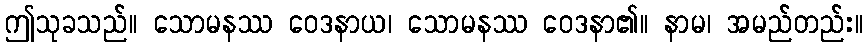
ဤသုခသည်။ သောမနဿ ဝေဒနာယ၊ သောမနဿ ဝေဒနာ၏။ နာမ၊ အမည်တည်း။